Medical and sanitary report of the native army of Madras for the year
Year: 1872
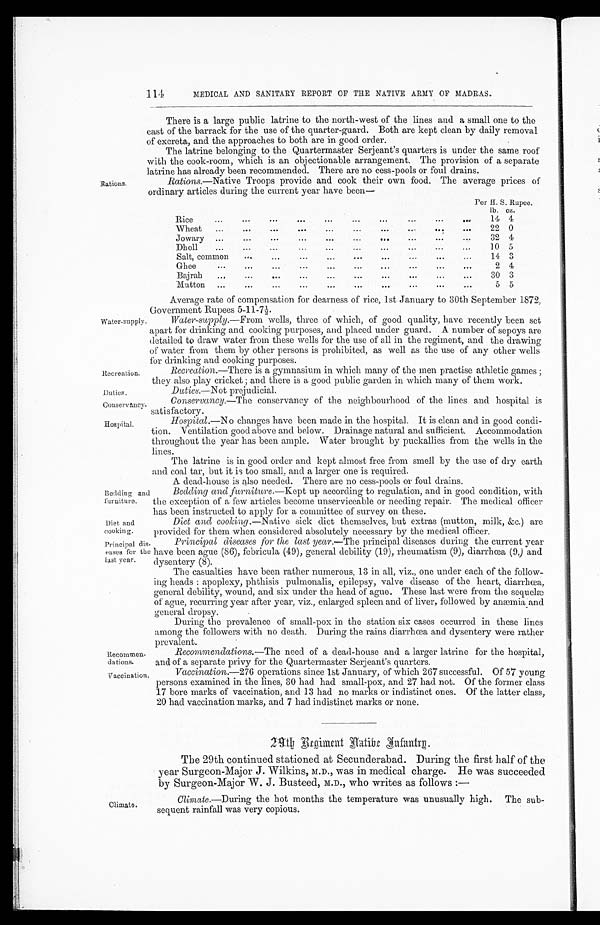
Bedding and
furniture.
Diet and
cooking.
Principal
diseases for the
last year.
Recommen
dations
.
Vaccination.
114
MEDICAL AND SANITARY REPORT OF THE NATIVE ARMY OF MADRAS.
Rations.
Water-supply.
Recreation.
Du
ties.
Conservancy.
Hospital.
There is a large public latrine to the north-west of the lines and a small one to the
east of the barrack for the use of the quarter-guard. Both are kept clean by daily removal
of excreta, and the approaches to both are in good order.
The latrine belonging to the Quartermaster Serjeant's quarters is under the same roof
with the cook-room, which is an objectionable arrangement. The provision of a separate
latrine has already been recommended. There are no cess-pools or foul drains.
Rations.—Native Troops provide and cook their own food. The average prices of
ordinary articles during the current year have been—
Per H. S Rupee.
lb. oz.
Rice
...
...
...
...
...
...
...
...
...
1 4
4
Wheat
...
...
...
...
...
...
...
22 0
Jowary ...
...
...
...
...
...
...
...
...
32 4
Dholl
...
...
...
...
...
...
...
...
...
10 5
Salt, common
...
...
...
...
...
...
...
...
...
14 3
Ghee
...
...
...
...
...
...
...
...
...
2 4
Bajrah
...
...
...
...
...
...
...
...
...
30 3
Mutton
...
...
...
...
...
...
...
...
5 5
Average rate of compensation for dearness of rice, 1st January to 30th September 1872,
Government Rupees 5-11-7 ½.
Water-supply. —From wells, three of which, of good quality, have recently been set
apart for drinking and cooking purposes, and placed under guard. A number of sepoys are
detailed to draw water from these wells for the use of all in the regiment, and the drawing
of water from them by other persons is prohibited, as well as the use of any other wells
for drinking and cooking purposes.
Recreation. —There is a gymnasium in which many of the men practise athletic games ;
they also play cricket ; and there is a good public garden in which many of them work.
Duties.— Not
prejudicial.
Conservancy. —The conservancy of the neighbourhood of the lines and hospital is
satisfactory.
Hospital. —No changes have been made in the hospital. It is clean and in good condi-
tion. Ventilation good above and below. Drainage natural and sufficient. Accommodation
throughout the year has been ample. Water brought by puckallies from the wells in the
lines.
The latrine is in good order and kept almost free from smell by the use of dry earth
and coal tar, but it is too small, and a larger one is required.
A d e a d - h o u s e i s a l s o n e e d e d . T h e r e a r e n o c e s s - p o o l s o r
f o u l d r a i n s .
Bedding and furniture. —Kept up according to regulation, and in good condition, with
the exception of a few articles become unserviceable or needing repair. The medical officer
has been instructed to apply for a committee of survey on these.
Diet and cooking.— Native sick diet themselves, but extras (mutton, milk, &c.) are
provided for them when considered absolutely necessary by the medical officer.
Principal diseases for the last year. —The principal diseases during the current year
have been ague (86), febricula (49), general debility (19), rheumatism (9), diarrhœa (9,) and
dysentery (8).
The casualties have been rather numerous, 13 in all, viz., one under each of the follow-
ing heads : apoplexy, phthisis pulmonalis, epilepsy, valve disease of the heart, diarrhœa,
general debility, wound, and six under the head of ague. These last were from the sequelæ
of ague, recurring year after year, viz., enlarged spleen and of liver, followed by anæmia and
general dropsy.
During the prevalence of small-pox in the station six cases occurred in these lines
among the followers with no death. During the rains diarrhœa and dysentery were rather
prevalent.
Recommendations. —The need of a dead-house and a larger latrine for the hospital,
and of a separate privy for the Quartermaster Serjeant's quarters.
Vaccination.—276 operations since 1st January, of which 267 successful. Of 57 young
persons examined in the lines, 30 had had small-pox, and 27 had not. Of the former class
17 bore marks of vaccination, and 13 had no marks or indistinct ones. Of the latter class,
20 had vaccination marks, and 7 had indistinct marks or none.
Climate.
The 29th continued stationed at Secunderabad. During the first half of the
year Surgeon-Major J . Wilkins, M.D., was in medical charge. He was succeeded
by Surgeon-Major W. J . Busteed, M.D., who writes as follows :—
Climate. —During the hot months the temperature was unusually high. The sub
¬sequent rainfall was very copious.